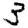
Digit: 3